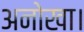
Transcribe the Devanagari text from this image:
अनोखा।